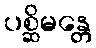
ပစ္ဆိမန္တေ